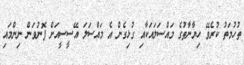
ތުހުމަތު ކުރެވޭ ހިޔާނާތުގެ މައްސަލައަކާއި ގުޅިގެން އެ މައްސަލަ އޭސީސީއަށް ފޮނުވަން ނިންމައި